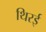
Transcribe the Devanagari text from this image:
थिरई